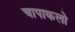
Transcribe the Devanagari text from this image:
चापाकलो